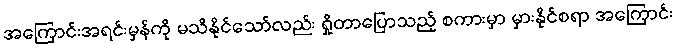
အကြောင်းအရင်းမှန်ကို မသိနိုင်သော်လည်း ရှိုတာပြောသည့် စကားမှာ မှားနိုင်စရာ အကြောင်း